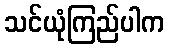
သင်ယုံကြည်ပါက